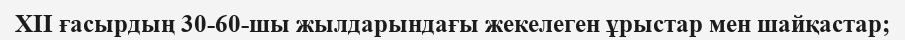
ХІІ ғасырдың 30-60-шы жылдарындағы жекелеген ұрыстар мен шайқастар;